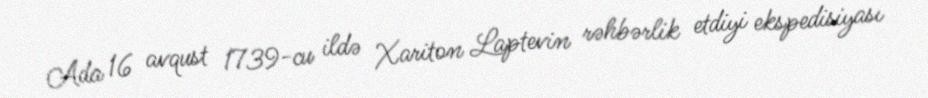
Ada 16 avqust 1739-cu ildə Xariton Laptevin rəhbərlik etdiyi ekspedisiyası